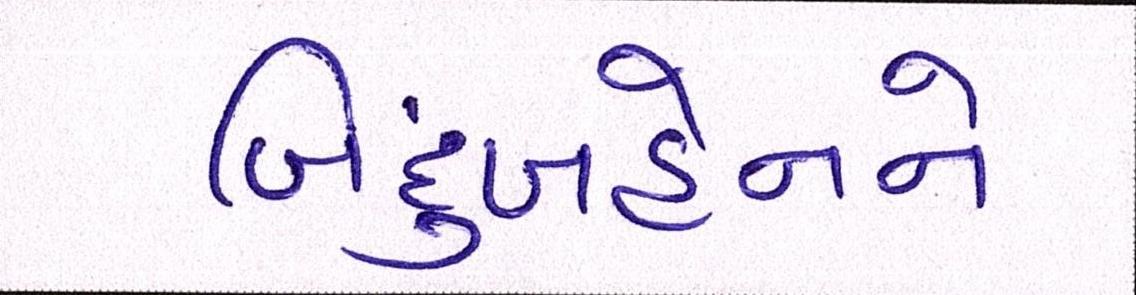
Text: બિંદુબહેનને